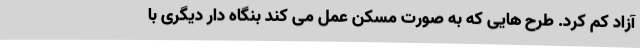
آزاد کم کرد. طرح هایی که به صورت مسکن عمل می کند بنگاه دار دیگری با